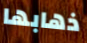
ذهابها